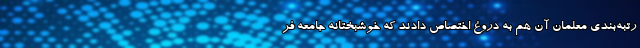
رتبه‌بندی معلمان آن هم به دروغ اختصاص دادند که خوشبختانه جامعه فر